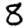
Digit: 8